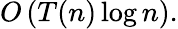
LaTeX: O\left(T(n)\log n\right).